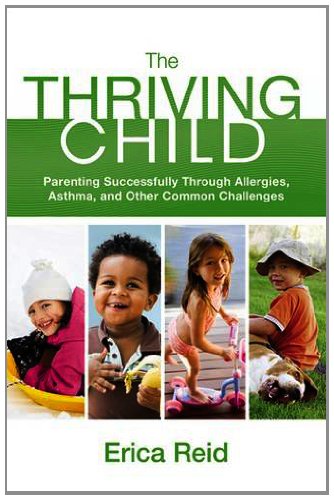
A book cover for The Thriving Child: Parenting Successfully through Allergies, Asthma and Other Common Challenges; Erica Reid; Health, Fitness & Dieting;